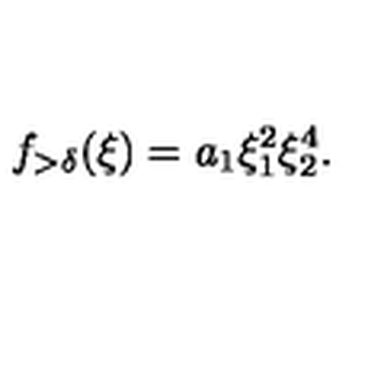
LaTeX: f _ { > \delta } ( \xi ) = a _ { 1 } \xi _ { 1 } ^ { 2 } \xi _ { 2 } ^ { 4 } .